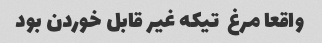
واقعا مرغ  تیکه غیر قابل خوردن بود